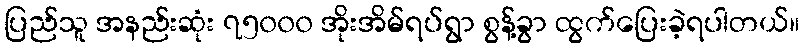
ပြည်သူ အနည်းဆုံး ၇၅၀၀၀ အိုးအိမ်ရပ်ရွာ စွန့်ခွာ ထွက်ပြေးခဲ့ရပါတယ်။